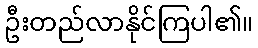
ဦးတည်လာနိုင်ကြပါ၏။